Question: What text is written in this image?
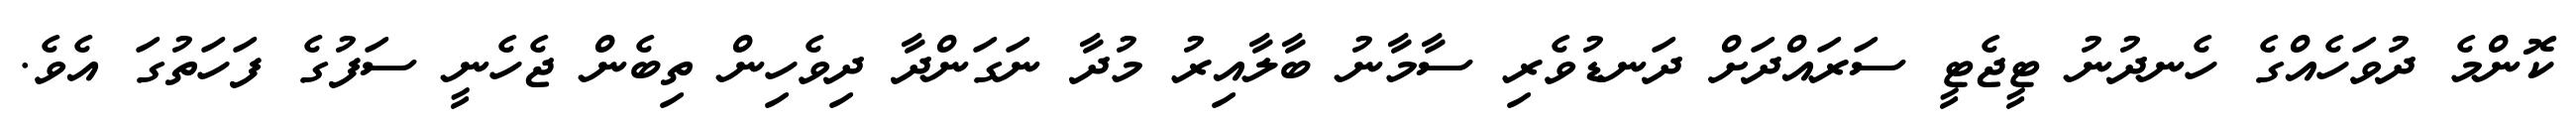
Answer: ކޮންމެ ދުވަހެއްގެ ހެނދުނު ޓީޖެޓީ ސަރައްދަށް ދަނޑުވެރި ސާމާނު ބާލާއިރު މުދާ ނަގަންދާ ދިވެހިން ތިބެން ޖެހެނީ ސަފުގެ ފަހަތުގަ އެވެ.